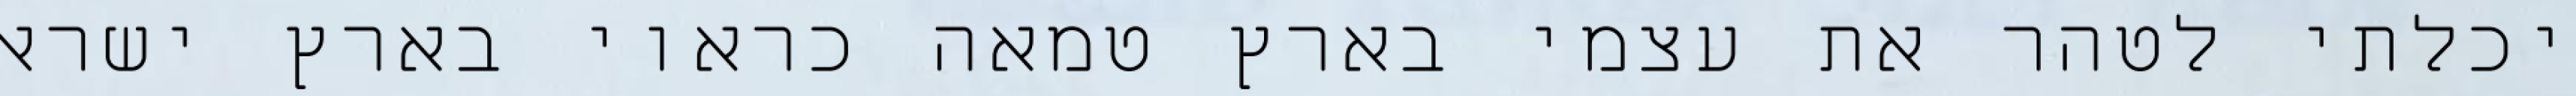
יכלתי לטהר את עצמי בארץ טמאה כראוי בארץ ישראל